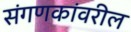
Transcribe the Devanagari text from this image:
संगणकांवरील